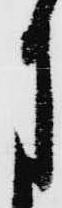
月